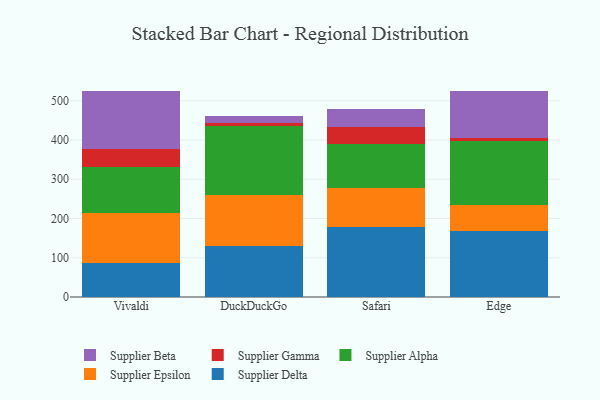
{"axis": {"x": "Browser", "y": "Tickets Resolved"}, "legend": ["Supplier Alpha", "Supplier Beta", "Supplier Delta", "Supplier Epsilon", "Supplier Gamma"], "data": [{"x": "Vivaldi", "y": 87.3, "type": "Supplier Delta"}, {"x": "Vivaldi", "y": 127.2, "type": "Supplier Epsilon"}, {"x": "Vivaldi", "y": 117.7, "type": "Supplier Alpha"}, {"x": "Vivaldi", "y": 43.9, "type": "Supplier Gamma"}, {"x": "Vivaldi", "y": 148.6, "type": "Supplier Beta"}, {"x": "DuckDuckGo", "y": 130.3, "type": "Supplier Delta"}, {"x": "DuckDuckGo", "y": 128.8, "type": "Supplier Epsilon"}, {"x": "DuckDuckGo", "y": 175.4, "type": "Supplier Alpha"}, {"x": "DuckDuckGo", "y": 10.0, "type": "Supplier Gamma"}, {"x": "DuckDuckGo", "y": 16.0, "type": "Supplier Beta"}, {"x": "Safari", "y": 178.2, "type": "Supplier Delta"}, {"x": "Safari", "y": 99.9, "type": "Supplier Epsilon"}, {"x": "Safari", "y": 112.2, "type": "Supplier Alpha"}, {"x": "Safari", "y": 44.0, "type": "Supplier Gamma"}, {"x": "Safari", "y": 43.6, "type": "Supplier Beta"}, {"x": "Edge", "y": 167.0, "type": "Supplier Delta"}, {"x": "Edge", "y": 66.9, "type": "Supplier Epsilon"}, {"x": "Edge", "y": 162.7, "type": "Supplier Alpha"}, {"x": "Edge", "y": 7.4, "type": "Supplier Gamma"}, {"x": "Edge", "y": 121.2, "type": "Supplier Beta"}]}